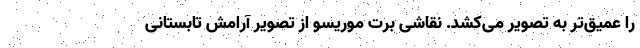
را عمیق‌تر به تصویر می‌کشد. نقاشی برت موریسو از تصویر آرامش تابستانی